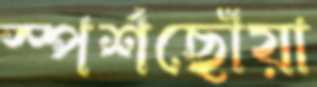
স্পর্শছোঁয়া